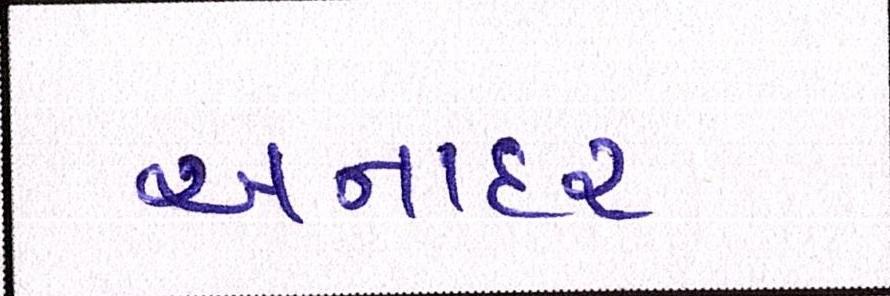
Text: અનાદર